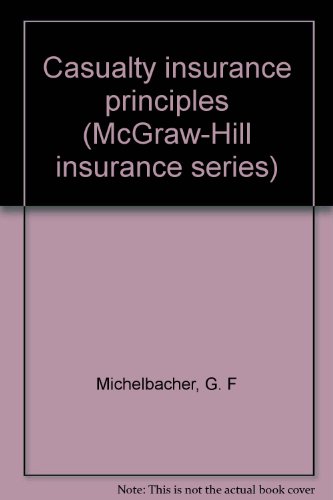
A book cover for Casualty insurance principles (McGraw-Hill insurance series); G. F Michelbacher; Business & Money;